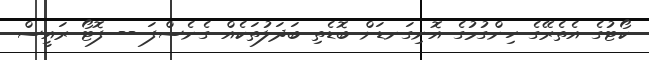
ކޯޓުގެ އެތެރޭގެ ހިންގުމުގެ އޮނިގަނޑަށް ބޮޑެތި ބަދަލުތަކެއް ގެނެސްފަ -- ފޮޓޯ ރައީސް